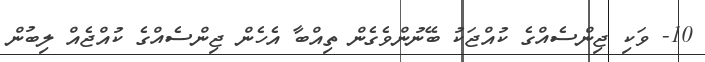
10- ވަކި ޖިންސެއްގެ ކުއްޖަކު ބޭނުންވެގެން ތިއްބާ އެހެން ޖިންސެއްގެ ކުއްޖެއް ލިބުން